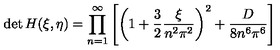
\det H ( \xi , \eta ) = \prod _ { n = 1 } ^ { \infty } \left[ \left( 1 + \frac 3 2 \frac { \xi } { n ^ { 2 } \pi ^ { 2 } } \right) ^ { 2 } + \frac { D } { 8 n ^ { 6 } \pi ^ { 6 } } \right]